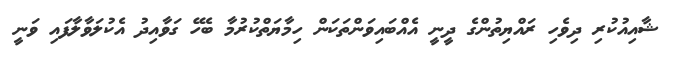
ޝާއިއުކުރި ދިވެހި ރައްޔިތުންގެ ދީނީ އެއްބައިވަންތަކަން ހިމާޔަތްކުރުމާ ބެހޭ ގަވާއިދު އެކުލަވާލާފައި ވަނީ